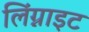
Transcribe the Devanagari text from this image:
लिंग्नाइट